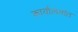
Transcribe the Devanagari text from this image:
कार्यालय़ांत